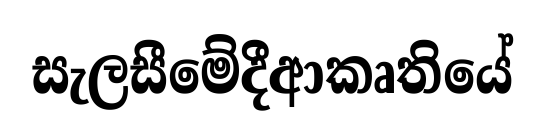
සැලසීමේදීආකෘතියේ